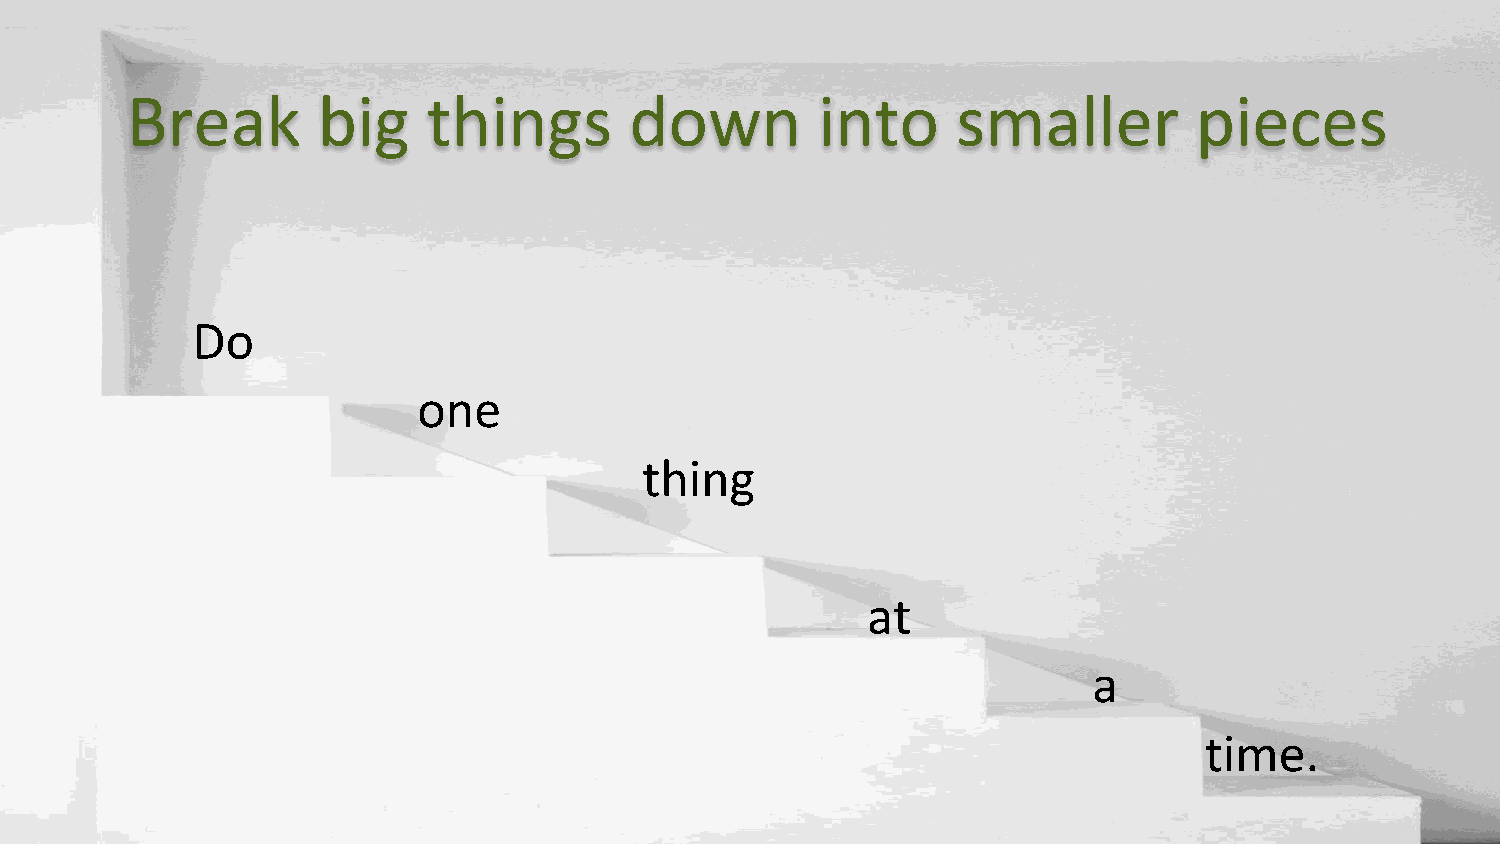
Break        big    things        down        into     smaller         pieces
 Do
 one
 thing
 at
 a
 time.